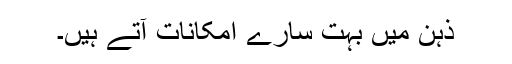
ذہن میں بہت سارے امکانات آتے ہیں۔